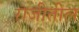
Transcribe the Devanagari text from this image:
राजीतील